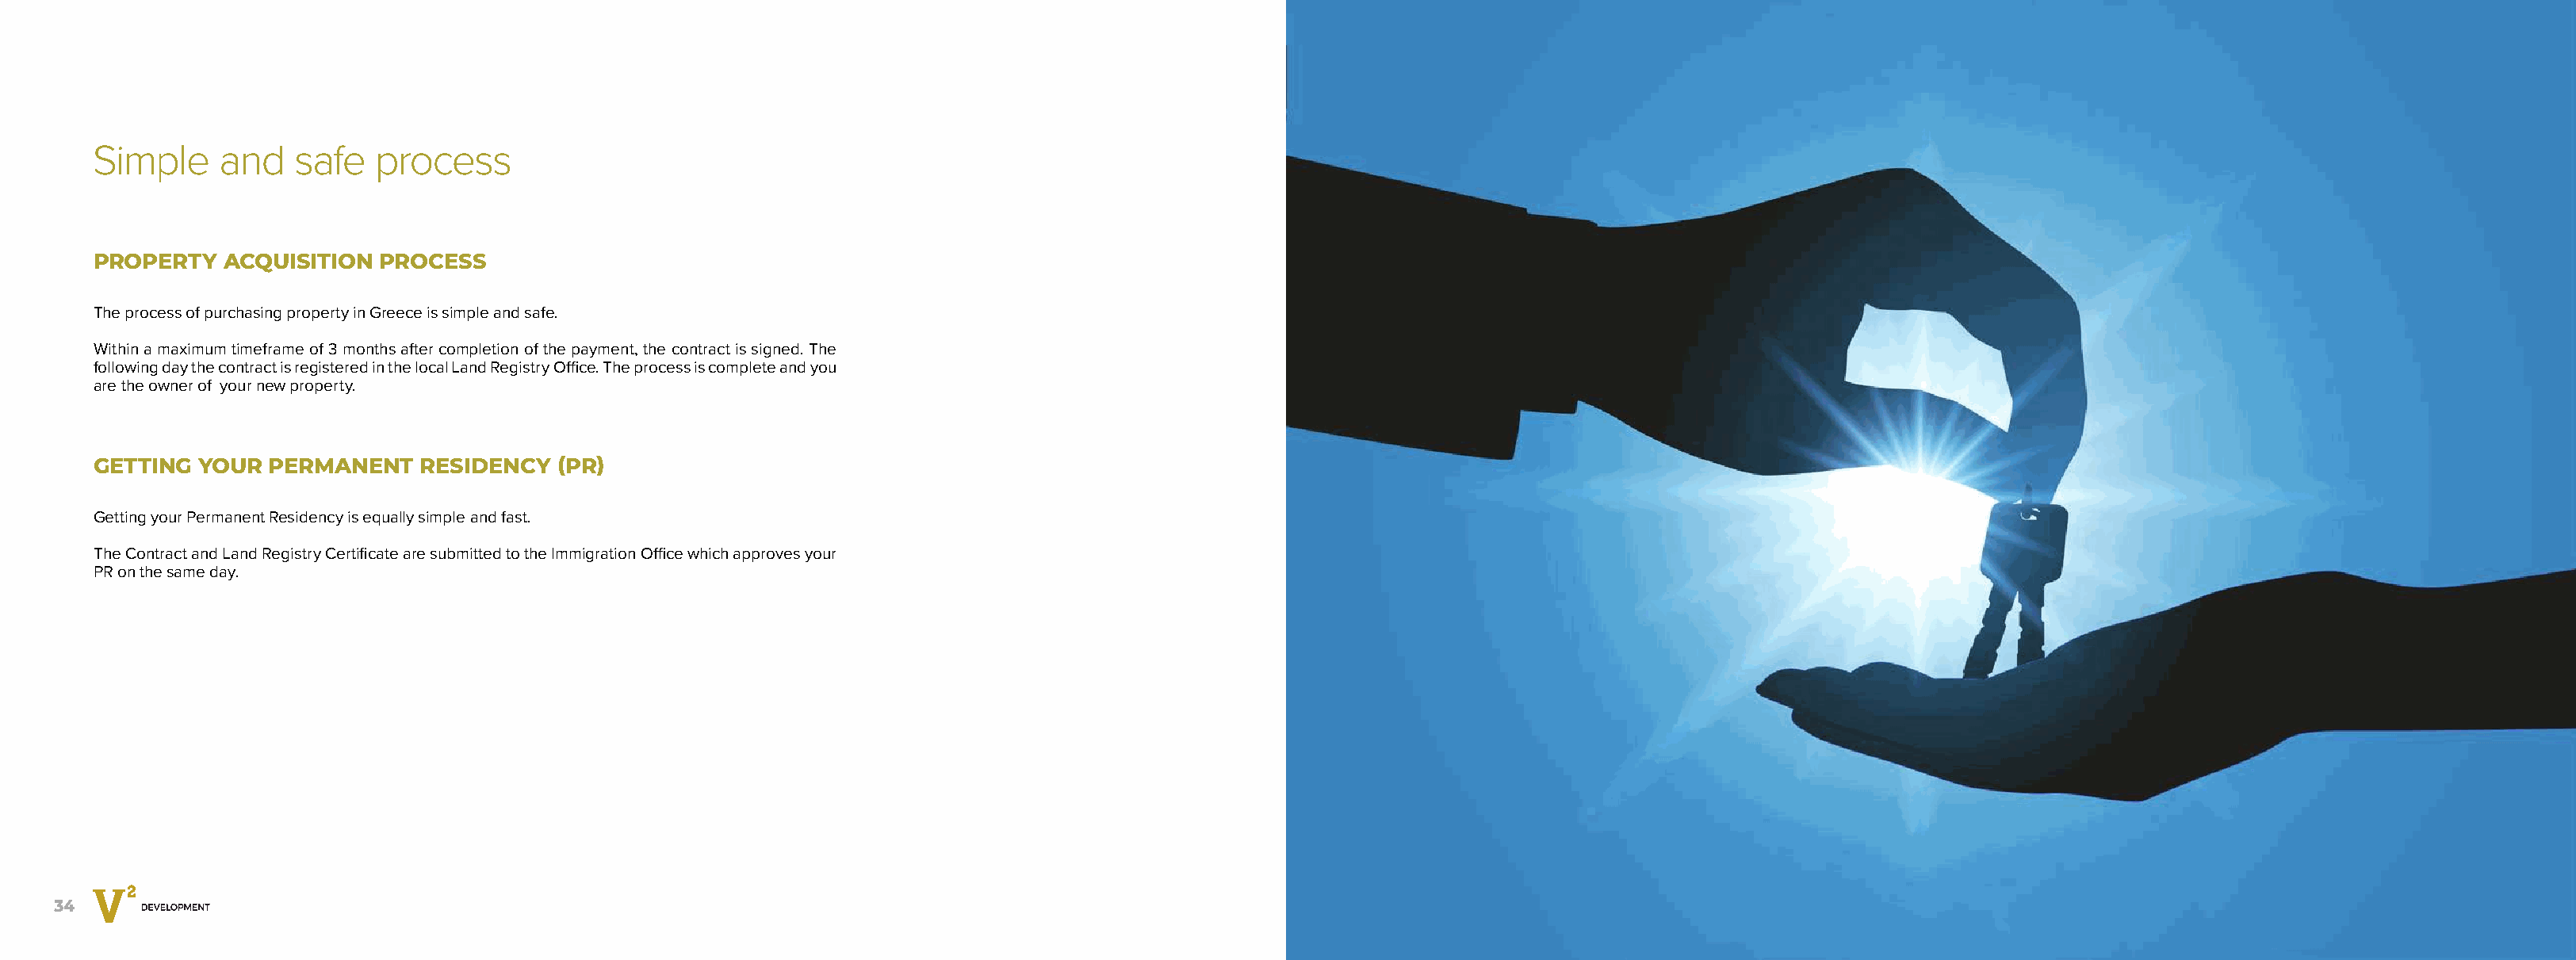
Simple    and    safe  process
 PROPERTY   ACQUISITION  PROCESS
 The process of purchasing property in Greece is simple and safe.
 Within a maximum timeframe of 3 months after completion of the payment, the contract is signed. The
 following day the contract is registered in the local Land Registry Office. The process is complete and you
 are the owner of your new property.
 GETTING  YOUR PERMANENT    RESIDENCY   (PR)
 Getting your Permanent Residency is equally simple and fast.
 The Contract and Land Registry Certificate are submitted to the Immigration Office which approves your
 PR on the same day.
 34                                                                                                                                                                                                           35